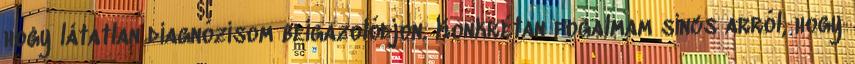
hogy látatlan diagnózisom beigazolódjon. Konkrétan fogalmam sincs arról, hogy